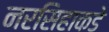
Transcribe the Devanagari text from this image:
नरसिहाकडे